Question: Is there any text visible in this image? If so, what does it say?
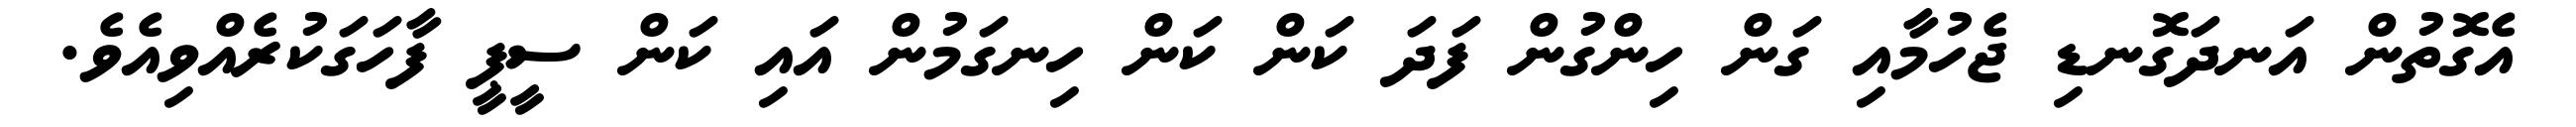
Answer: އެގޮތުން އަނދަގޮނޑި ޖެހުމާއި ގަން ހިންގުން ފަދަ ކަން ކަން ހިނގަމުން އައި ކަން ސީޕީ ފާހަގަކުރެއްވިއެވެ.